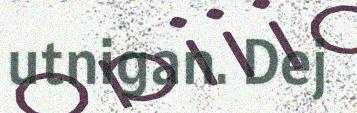
utnigan. Dej